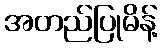
အတည်ပြုမိန့်